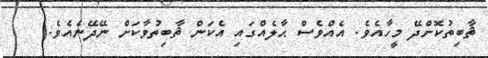
ޘާބިތުކޮށްދޭ މީހާއެވެ. އެއްވެސް ޙާލެއްގައި އެކަން ޘާބިތުވާކަށް ނޭދޭނެއެވެ.(